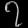
Digit: ၇